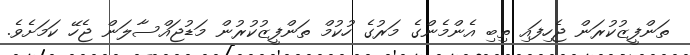
ތަންފީޒުކުރަން ޖެހިފައި ތިބި އެންމެންގެ މަރުގެ ހުކުމް ތަންފީޒުކުރުން މަޑުޖައްސާލަން ޖެހޭ ކަމަށެވެ.